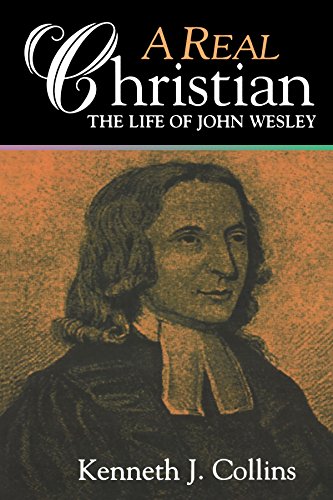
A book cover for A Real Christian: The Life of John Wesley; Kenneth J. Collins; Christian Books & Bibles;